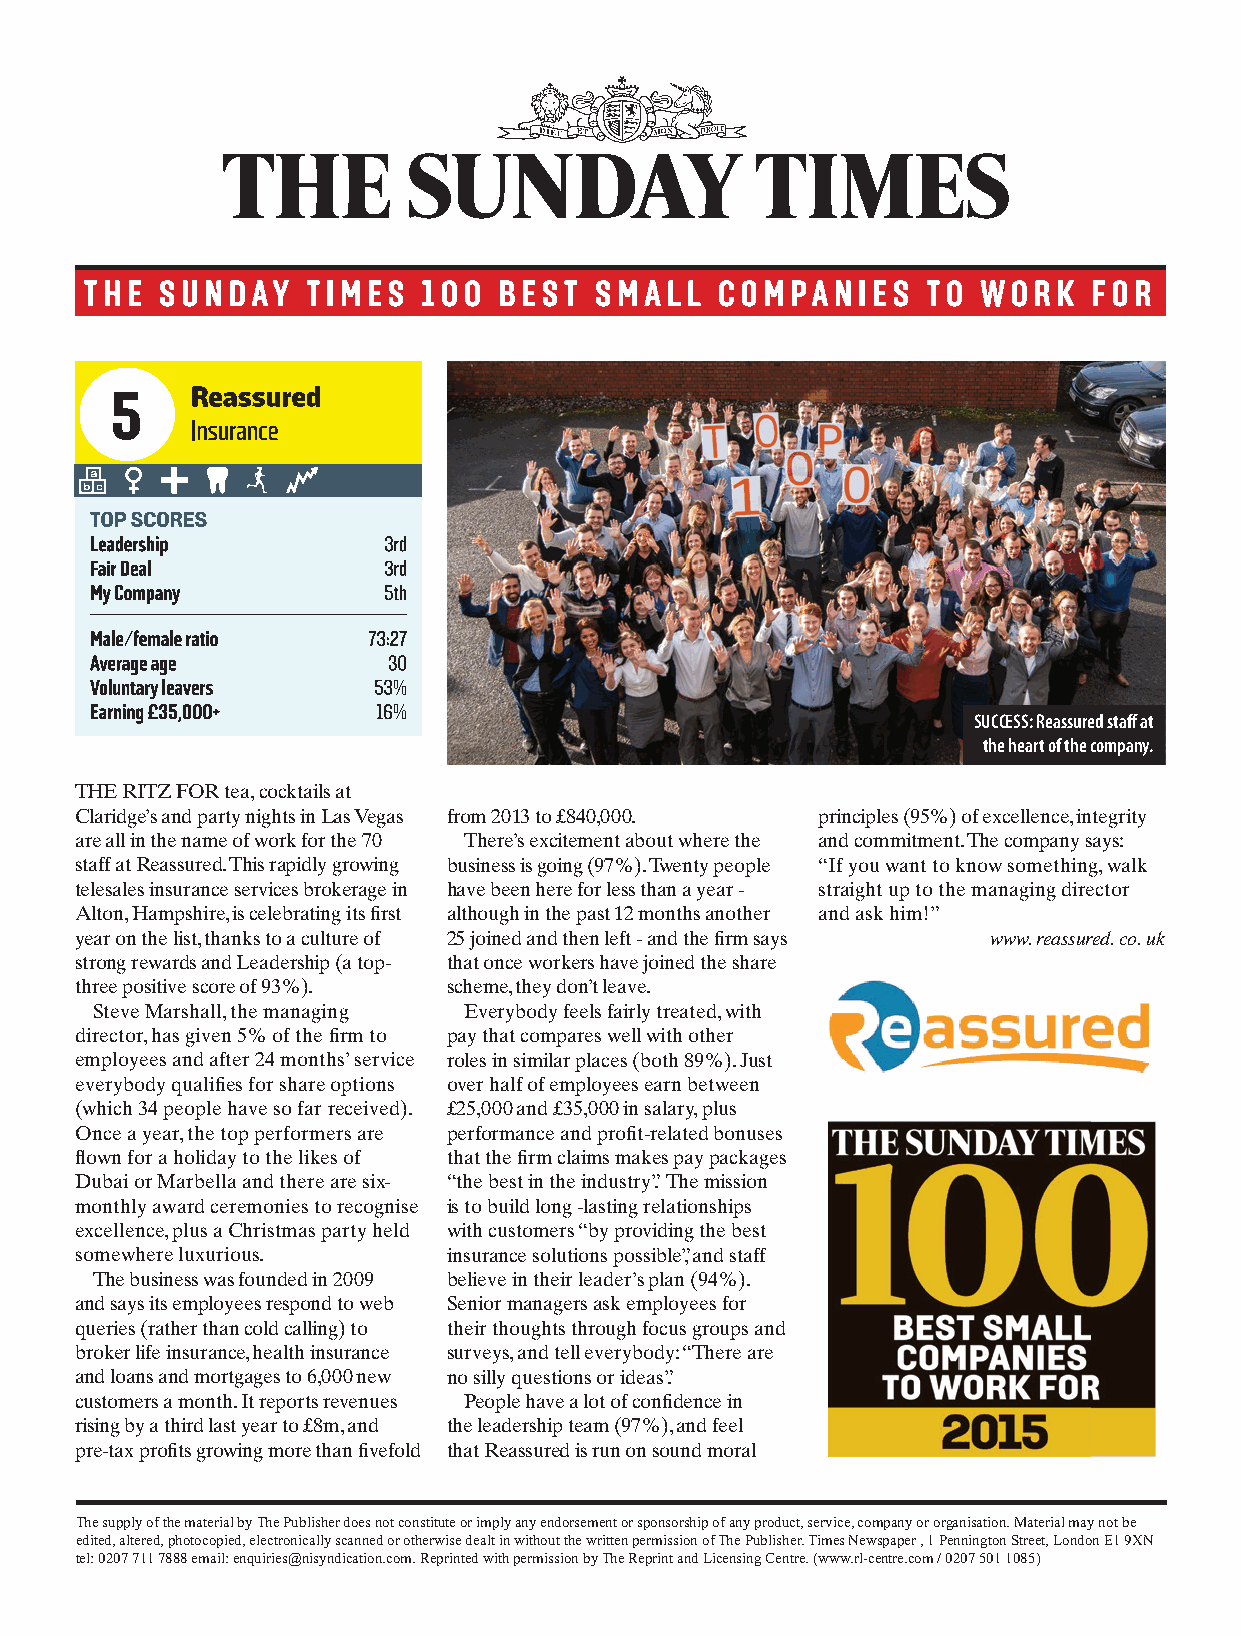
SUCCESS: Reassured staff at
 the heart of the company.
 THE RITZ FOR tea, cocktails at
 Claridge’s and party nights in Las Vegas from 2013 to £840,000. principles (95%) of excellence, integrity
 are all in the name of work for the 70 There’s excitement about where the and commitment. The company says:
 staff at Reassured. This rapidly growing business is going (97%). Twenty people “If you want to know something, walk
 telesales insurance services brokerage in have been here for less than a year - straight up to the managing director
 Alton, Hampshire, is celebrating its fi rst although in the past 12 months another and ask him!”
 year on the list, thanks to a culture of 25 joined and then left - and the fi rm says www. reassured. co. uk
 strong rewards and Leadership (a top- that once workers have joined the share
 three positive score of 93%). scheme, they don’t leave.
 Steve Marshall, the managing Everybody feels fairly treated, with
 director, has given 5% of the fi rm to pay that compares well with other
 employees and after 24 months’ service roles in similar places (both 89%). Just
 everybody qualifi es for share options over half of employees earn between
 (which 34 people have so far received). £25,000 and £35,000 in salary, plus
 Once a year, the top performers are performance and profi t-related bonuses
 fl own for a holiday to the likes of that the fi rm claims makes pay packages
 Dubai or Marbella and there are six- “the best in the industry”. The mission
 monthly award ceremonies to recognise is to build long -lasting relationships
 excellence, plus a Christmas party held with customers “by providing the best
 somewhere luxurious.     insurance solutions possible”, and staff
 The business was founded in 2009 believe in their leader’s plan (94%).
 and says its employees respond to web Senior managers ask employees for
 queries (rather than cold calling) to their thoughts through focus groups and
 broker life insurance, health insurance surveys, and tell everybody: “There are
 and loans and mortgages to 6,000 new no silly questions or ideas”.
 customers a month. It reports revenues People have a lot of confi dence in
 rising by a third last year to £8m, and the leadership team (97%), and feel
 pre-tax profi ts growing more than fi vefold that Reassured is run on sound moral
 The supply of the material by The Publisher does not constitute or imply any endorsement or sponsorship of any product, service, company or organisation. Material may not be
 edited, altered, photocopied, electronically scanned or otherwise dealt in without the written permission of The Publisher. Times Newspaper , 1 Pennington Street, London E1 9XN
 tel: 0207 711 7888 email: enquiries@nisyndication.com. Reprinted with permission by The Reprint and Licensing Centre. (www.rl-centre.com / 0207 501 1085)